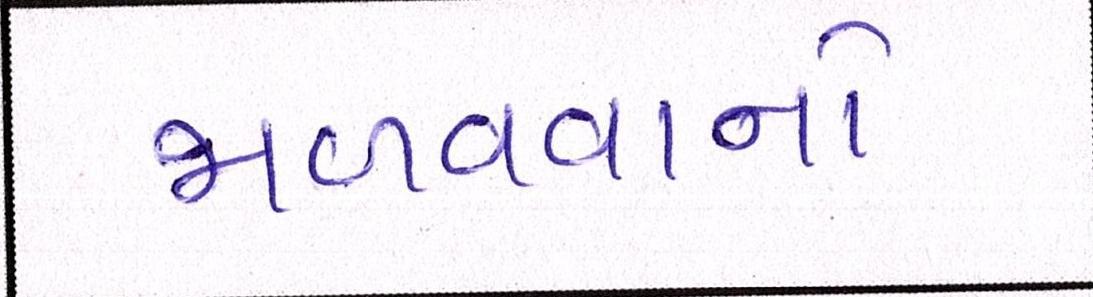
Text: જાળવવાનો